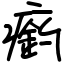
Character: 瘹